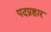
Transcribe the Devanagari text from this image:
पदप्रहार